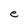
Character: e